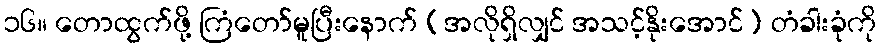
၁၆။ တောထွက်ဖို့ ကြံတော်မူပြီးနောက် (အလိုရှိလျှင် အသင့်နိုးအောင်) တံခါးခုံကို